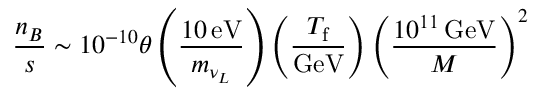
\frac { n _ { B } } { s } \sim 1 0 ^ { - 1 0 } \theta \left( \frac { 1 0 \, \mathrm { e V } } { m _ { \nu _ { L } } } \right) \left( \frac { T _ { \mathrm { f } } } { \mathrm { G e V } } \right) \left( \frac { 1 0 ^ { 1 1 } \, \mathrm { G e V } } { M } \right) ^ { 2 }